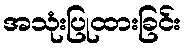
အသုံးပြုထားခြင်း